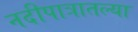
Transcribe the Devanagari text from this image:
नदीपात्रातल्या